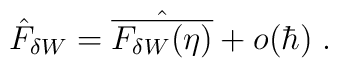
\hat{F}_{\delta W}=\hat{\overline{F_{\delta W}(\eta)}}+o(\hbar)\;.